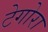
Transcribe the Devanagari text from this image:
टेगोरा